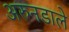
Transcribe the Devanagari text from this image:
अरुनडाले